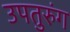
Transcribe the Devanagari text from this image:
उपतुरुंग